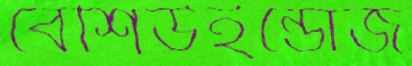
বেশিউইন্ডোজ